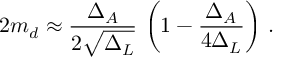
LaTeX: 2 m _ { d } \approx { \frac { \Delta _ { A } } { 2 \sqrt { \Delta _ { L } } } } ~ { \left( { 1 - { \frac { \Delta _ { A } } { 4 \Delta _ { L } } } } \right) } ~ .